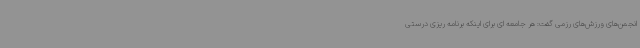
انجمن‌های ورزش‌های رزمی گفت: هر جامعه ای برای اینکه برنامه ریزی درستی